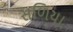
સળિયા